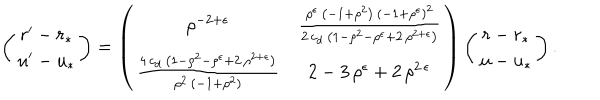
\left( \begin{array} { c } { { r ^ { \prime } - r _ { * } } } \\ { { u ^ { \prime } - u _ { * } } } \\ \end{array} \right) = \left( \begin{matrix} { { { { \rho } ^ { - 2 + \epsilon } } } } & { { { \frac { { { \rho } ^ { \epsilon } } \, \left( - 1 + { { \rho } ^ { 2 } } \right) \, { { \left( - 1 + { { \rho } ^ { \epsilon } } \right) } ^ { 2 } } } { 2 \, c _ { d } \, \left( 1 - { { \rho } ^ { 2 } } - { { \rho } ^ { \epsilon } } + 2 \, { { \rho } ^ { 2 + \epsilon } } \right) } } } } \\ { { { \frac { 4 \, c _ { d } \, \left( 1 - { { \rho } ^ { 2 } } - { { \rho } ^ { \epsilon } } + 2 \, { { \rho } ^ { 2 + \epsilon } } \right) } { \rho ^ { 2 } \, ( - 1 + \rho ^ { 2 } ) } } } } & { { 2 - 3 \, { { \rho } ^ { \epsilon } } + 2 \, { { \rho } ^ { 2 \, \epsilon } } } } \\ \end{matrix} \right) \left( \begin{array} { c } { { r - r _ { * } } } \\ { { u - u _ { * } } } \\ \end{array} \right) .